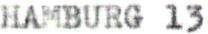
HAMBURG 13